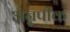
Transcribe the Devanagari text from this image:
अन्नपीक